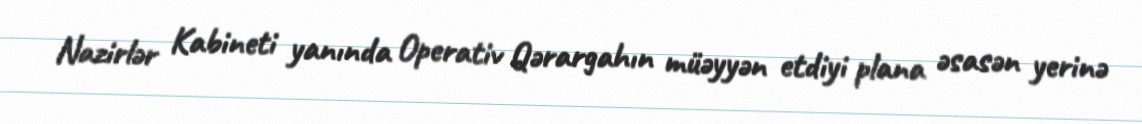
Nazirlər Kabineti yanında Operativ Qərargahın müəyyən etdiyi plana əsasən yerinə